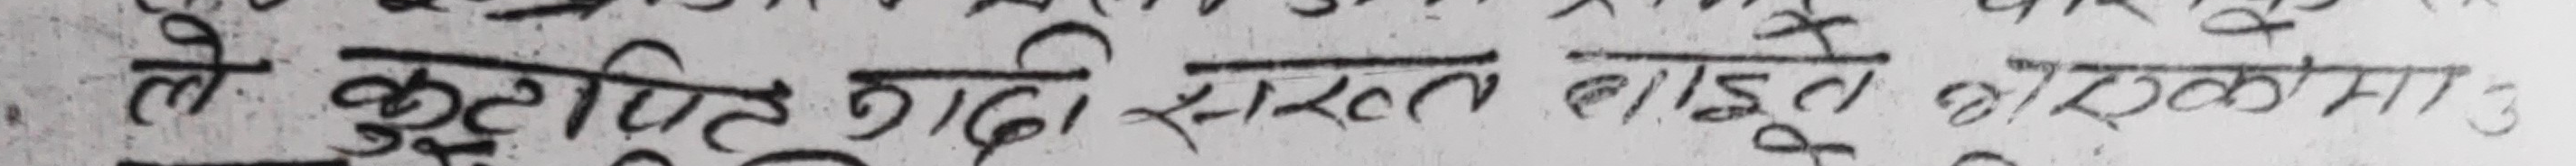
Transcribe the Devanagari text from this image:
ले त्रुटि राद्धि सरल बाइडले एलमा